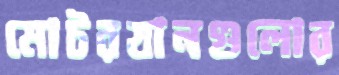
মোটরযানগুলোর